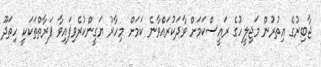
ޖާބިރުގެ އިތުރުން މަޖިލީހުގެ ރައީސްކަމަށް ވާދަކުރައްވާނެ ކަމަށް މިހާރު ޔަގީންކުރެވިފައިވާ ފަރާތްތަކަކީ ހިތަދޫ